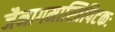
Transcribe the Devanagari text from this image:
जैनागमास्त्रिपिटकः